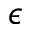
\epsilon